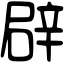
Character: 辟